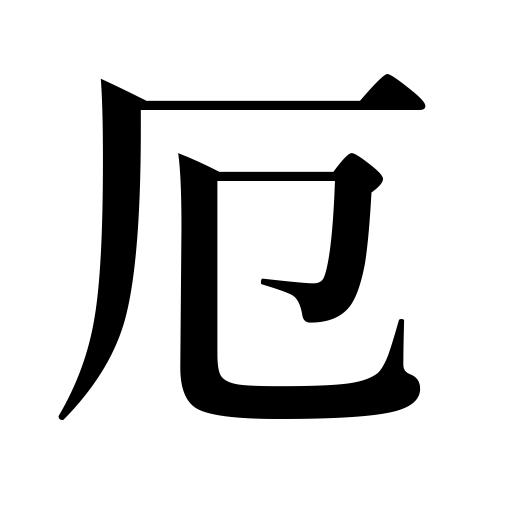
Meanings: disaster,evil,misfortune,bad luck